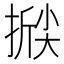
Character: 𰔗